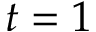
t = 1